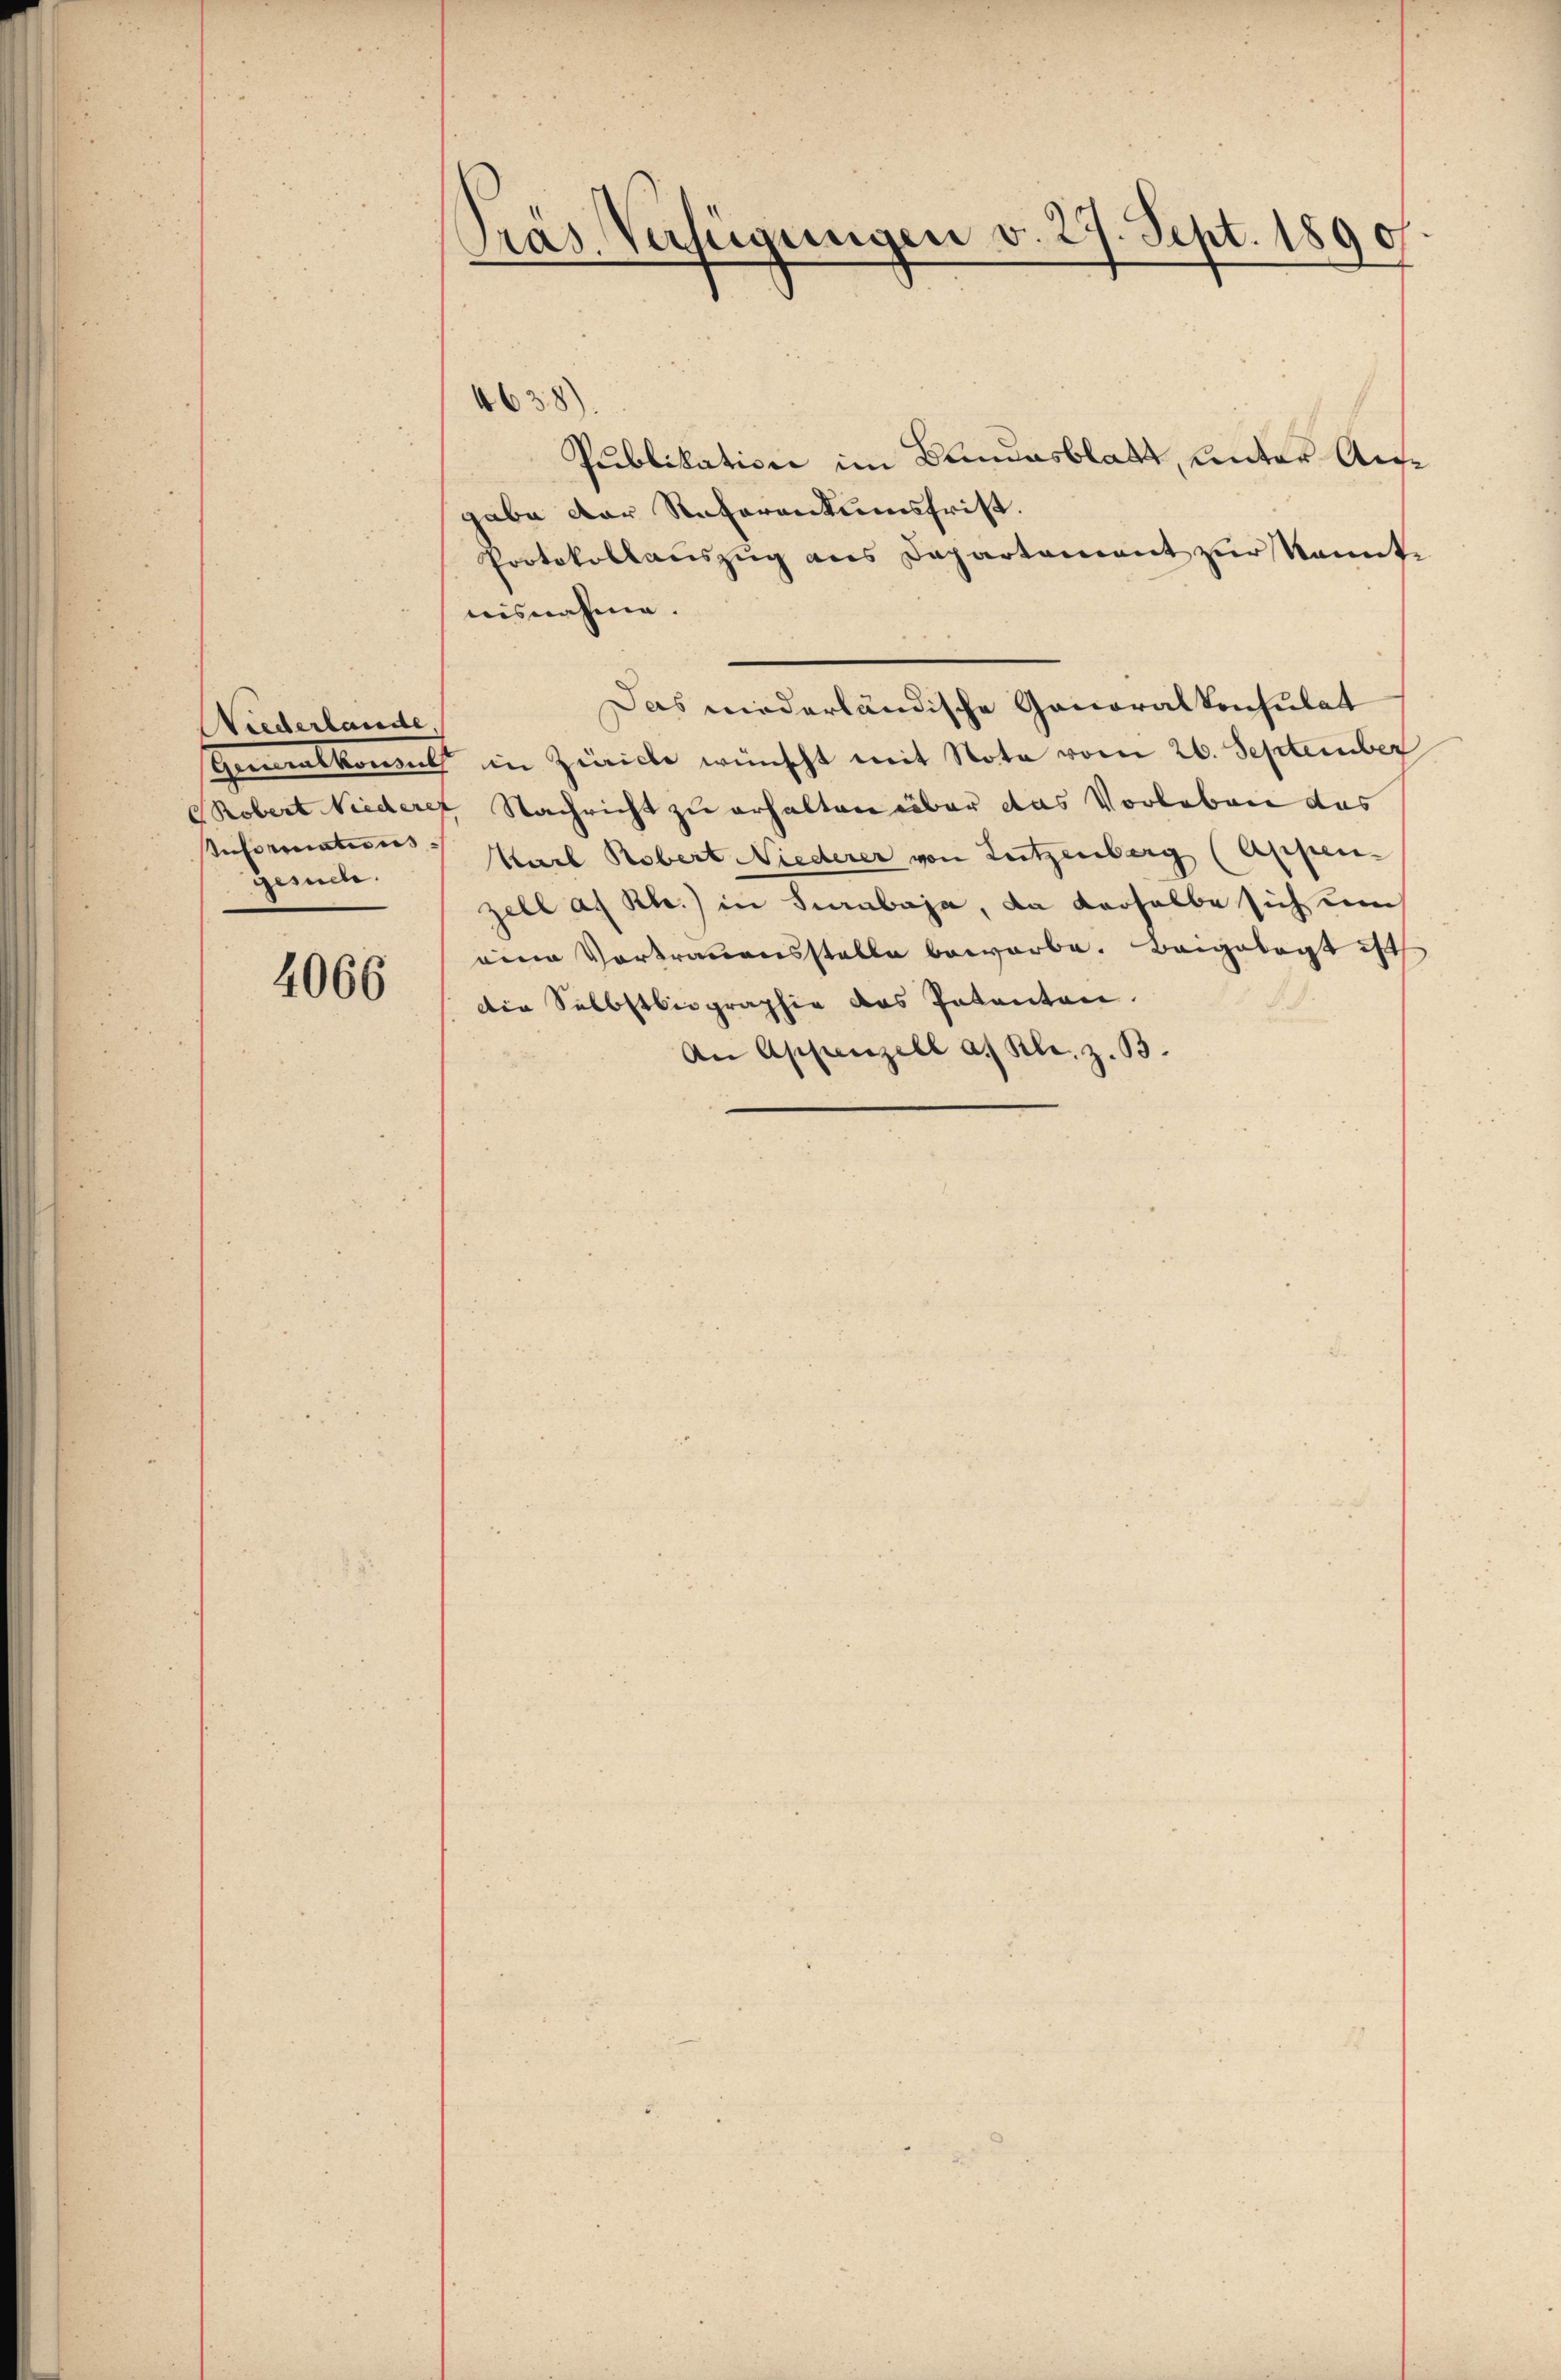
Wiederlande.
geret.

4066

Präs. Verfügungen v. 27. Sept. 1890
2

Publikation im Bundesblatt, unter Ausgabe der Referantumsfrist.
Protokollauszug aus Departement zur kannte
nisnahme.
Das niederländische Generalkonsulat
Generalkommt in Zürich wünscht mit Nota vom 26. September
dobert Niedere Nachricht zu erhalten über das Vorleben das
Anformations Karl Robert Niederer von Lutzenberg (Appen-
zell a. Rh.) in Surabaja, da derselbe sich um
eine Vortrauensstelle bewarbe. Beigelegt ist
die Selbstbiographie des Patenten.
An Appenzell a. Kl. z. B.

4638